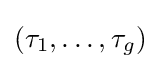
(\tau _{1},\ldots ,\tau _{g})